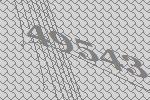
49543